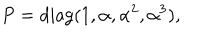
P = \mathrm { d i a g } ( 1 , \alpha , \alpha ^ { 2 } , \alpha ^ { 3 } ) ,